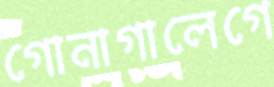
গোনাগালেগে